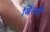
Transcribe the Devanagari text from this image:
बिंरगी